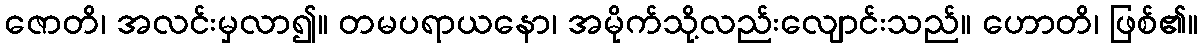
ဇောတိ၊ အလင်းမှလာ၍။ တမပရာယနော၊ အမိုက်သို့လည်းလျောင်းသည်။ ဟောတိ၊ ဖြစ်၏။